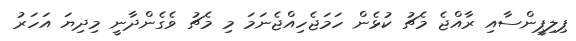
ޕިލިޕީންސާއި ރާއްޖެ މެޗު ކުޅެން ހަމަޖެހިއްޖެނަމަ މި މެޗު ވެގެންދާނީ މިދިޔަ އަހަރު